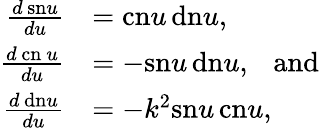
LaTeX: \begin{array}{rl}{\frac{d\, \mathrm{sn}u}{du}}&{=\mathrm{cn}u\, \mathrm{dn}u,}\\ {\frac{d\, \mathrm{cn~}u}{du}}&{=-\mathrm{sn}u\, \mathrm{dn}u,\ \ \ \mathrm{and}}\\ {\frac{d\, \mathrm{dn}u}{du}}&{=-k^{2}\mathrm{sn}u\, \mathrm{cn}u,}\end{array}